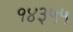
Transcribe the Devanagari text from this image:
१४३५५